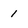
Character: 1